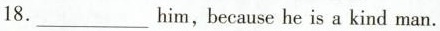
18. ___ him,because he is a kind man.